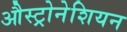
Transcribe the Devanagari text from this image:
औस्ट्रोनेशियन